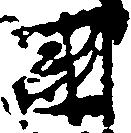
国